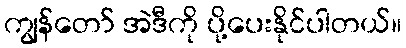
ကျွန်တော် အဲဒီကို ပို့ပေးနိုင်ပါတယ်။